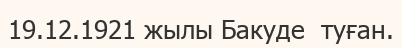
19.12.1921 жылы Бакуде  туған.